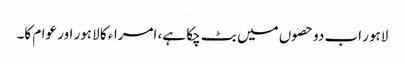
لاہور اب دو حصوں میں بٹ چکا ہے، امراء کا لاہور اور عوام کا۔